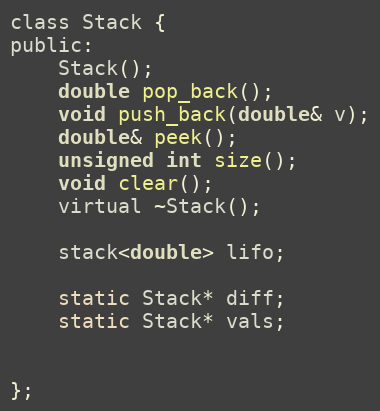
Language: C
class Stack {
public:
	Stack();
	double pop_back();
	void push_back(double& v);
	double& peek();
	unsigned int size();
	void clear();
	virtual ~Stack();

	stack<double> lifo;

	static Stack* diff;
	static Stack* vals;

};